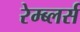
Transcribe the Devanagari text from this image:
रेम्ब्लर्स